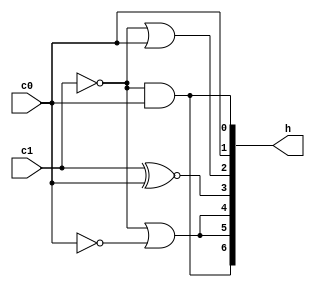
module sevenSegment(input c1, input c0, output [6:0] h);
    assign h[0] = ~c1 & c0;
    assign h[1] = c0;
    assign h[2] = ~c1 | c0;
    assign h[3] = c1 ~^ c0;
    assign h[4] = ~c1 | ~c0;
    assign h[5] = h[4];
    assign h[6] = ~c1 & c0;
endmodule